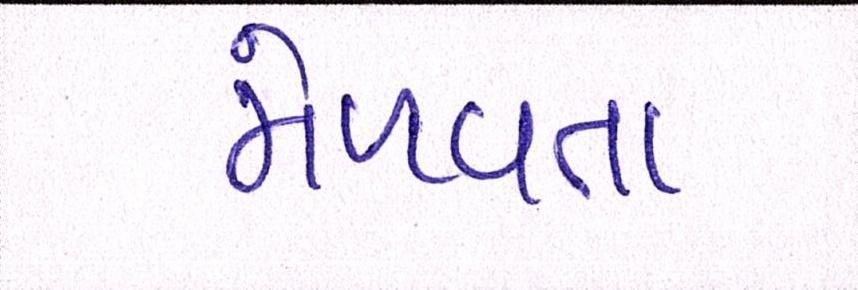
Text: મેળવતા